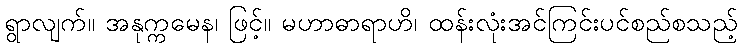
ရွာလျက်။ အနုက္ကမေန၊ ဖြင့်။ မဟာဓာရာဟိ၊ ထန်းလုံးအင်ကြင်းပင်စည်စသည့်